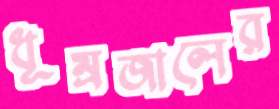
ধূম্রজালের